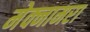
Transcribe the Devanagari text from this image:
मेक्नामरा